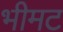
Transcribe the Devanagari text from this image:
भीमट